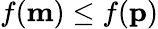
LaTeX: f(\mathbf{m})\leq f(\mathbf{p})